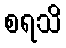
စရသိ